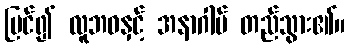
မြင်၍ လူဘဝနှင့် အနာဂါမ် တည်သွား၏။